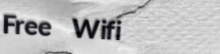
Free Wifi